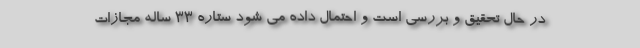
در حال تحقیق و بررسی است و احتمال داده می شود ستاره 33 ساله مجازات